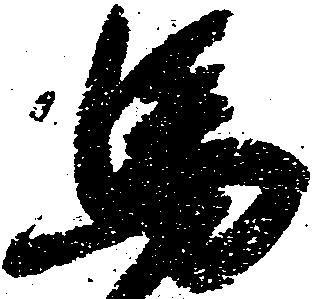
馬